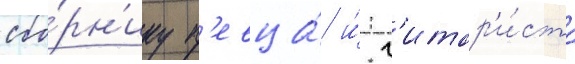
сбо́рн'ику п'евца́ и́ г'итар'и́ста